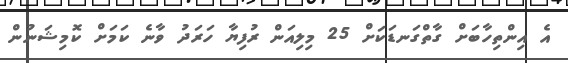
އެ އިންތިހާބަށް ގާތްގަނޑަކަށް 25 މިލިއަން ރުފިޔާ ހަރަދު ވާނެ ކަމަށް ކޮމިޝަނުން